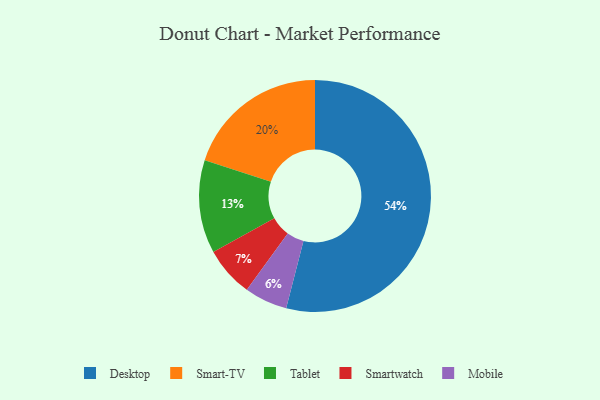
{"axis": {"x": "Category", "y": "Percentage"}, "legend": ["Desktop", "Mobile", "Smart-TV", "Smartwatch", "Tablet"], "data": [{"x": "Smart-TV", "y": 20, "type": "Smart-TV"}, {"x": "Desktop", "y": 54, "type": "Desktop"}, {"x": "Tablet", "y": 13, "type": "Tablet"}, {"x": "Mobile", "y": 6, "type": "Mobile"}, {"x": "Smartwatch", "y": 7, "type": "Smartwatch"}]}